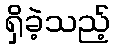
ရှိခဲ့သည့်